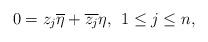
LaTeX: \begin{align*} 0=z_j \overline{\eta}+\overline{z_j}\eta \mathrm{,} \;\; 1 \leq j \leq n, \end{align*}